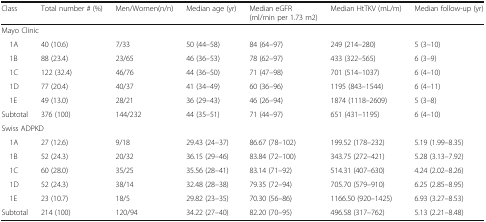
<table><thead><tr><td><b>Class</b></td><td><b>Total number # (%)</b></td><td><b>Men/Women(n/n)</b></td><td><b>Median age (yr)</b></td><td><b>Median eGFR (ml/min per 1.73 m2)</b></td><td><b>Median HtTKV (mL/m)</b></td><td><b>Median follow-up (yr)</b></td></tr></thead><tbody><tr><td colspan="6">Mayo Clinic</td><td></td></tr><tr><td> 1A</td><td>40 (10.6)</td><td>7/33</td><td>50 (44–58)</td><td>84 (64–97)</td><td>249 (214–280)</td><td>5 (3–10)</td></tr><tr><td> 1B</td><td>88 (23.4)</td><td>23/65</td><td>46 (36–53)</td><td>78 (62–97)</td><td>433 (322–565)</td><td>6 (3–9)</td></tr><tr><td> 1C</td><td>122 (32.4)</td><td>46/76</td><td>44 (36–50)</td><td>71 (47–98)</td><td>701 (514–1037)</td><td>6 (4–10)</td></tr><tr><td> 1D</td><td>77 (20.4)</td><td>40/37</td><td>41 (34–49)</td><td>60 (36–96)</td><td>1195 (843–1544)</td><td>6 (4–11)</td></tr><tr><td> 1E</td><td>49 (13.0)</td><td>28/21</td><td>36 (29–43)</td><td>46 (26–94)</td><td>1874 (1118–2609)</td><td>5 (3–8)</td></tr><tr><td>Subtotal</td><td>376 (100)</td><td>144/232</td><td>44 (35–51)</td><td>71 (44–97)</td><td>651 (431–1195)</td><td>6 (4–10)</td></tr><tr><td colspan="7">Swiss ADPKD</td></tr><tr><td> 1A</td><td>27 (12.6)</td><td>9/18</td><td>29.43 (24–37)</td><td>86.67 (78–102)</td><td>199.52 (178–232)</td><td>5.19 (1.99–8.35)</td></tr><tr><td> 1B</td><td>52 (24.3)</td><td>20/32</td><td>36.15 (29–46)</td><td>83.84 (72–100)</td><td>343.75 (272–421)</td><td>5.28 (3.13–7.92)</td></tr><tr><td> 1C</td><td>60 (28.0)</td><td>35/25</td><td>35.56 (28–41)</td><td>83.14 (71–92)</td><td>514.31 (407–630)</td><td>4.24 (2.02–8.26)</td></tr><tr><td> 1D</td><td>52 (24.3)</td><td>38/14</td><td>32.48 (28–38)</td><td>79.35 (72–94)</td><td>705.70 (579–910)</td><td>6.25 (2.85–8.95)</td></tr><tr><td> 1E</td><td>23 (10.7)</td><td>18/5</td><td>29.82 (23–35)</td><td>70.30 (56–86)</td><td>1166.50 (920–1425)</td><td>6.93 (3.27–8.53)</td></tr><tr><td>Subtotal</td><td>214 (100)</td><td>120/94</td><td>34.22 (27–40)</td><td>82.20 (70–95)</td><td>496.58 (317–762)</td><td>5.13 (2.21–8.48)</td></tr></tbody></table>